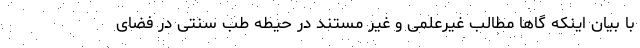
با بیان اینکه گاها مطالب غیرعلمی و غیر مستند در حیطه طب سنتی در فضای